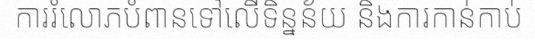
ការរំលោភបំពានទៅលើទិន្នន័យ និងការកាន់កាប់